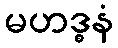
မဟဒ္ဓနံ